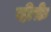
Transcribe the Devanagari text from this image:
दोर्फ़